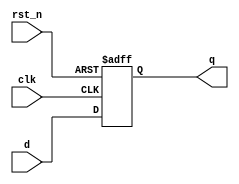
module d_flip_flop (
    input wire clk,       // Clock input
    input wire rst_n,    // Active-low reset
    input wire d,        // Data input
    output reg q         // Data output
);

// Initial block to set the initial state
initial begin
    q = 1'b0; // Initialize output to 0
end

// Always block triggered on the rising edge of the clock or the falling edge of the reset
always @(posedge clk or negedge rst_n) begin
    if (!rst_n) begin
        q <= 1'b0; // Asynchronous reset: set output to 0
    end else begin
        q <= d;    // On clock edge, assign input d to output q
    end
end

endmodule